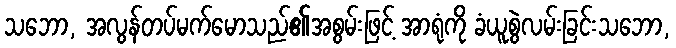
သဘော, အလွန်တပ်မက်မောသည်၏အစွမ်းဖြင့် အာရုံကို ခံယူစွဲလမ်းခြင်းသဘော,